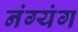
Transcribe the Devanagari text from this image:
नंग्यंग